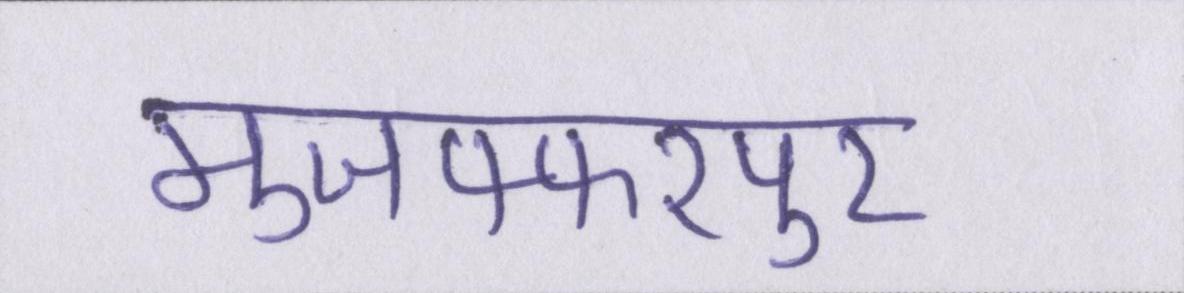
मुजफ्फरपुर